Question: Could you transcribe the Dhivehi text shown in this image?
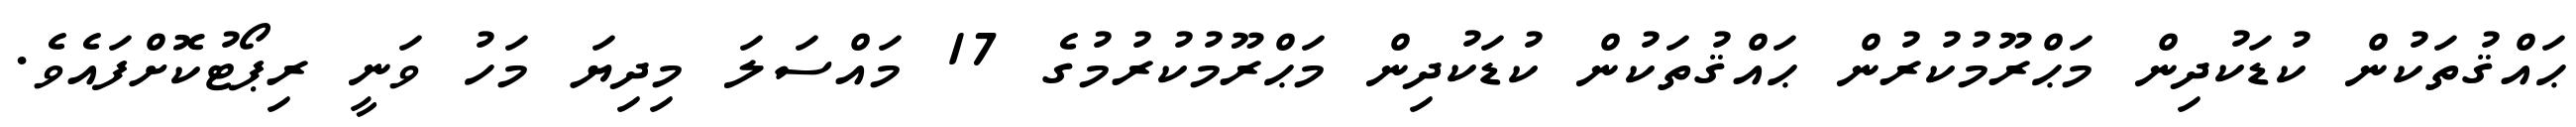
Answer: ޙައްޤުތަކުން ކުޑަކުދިން މަޙްރޫމުކުރުން ޙައްޤުތަކުން ކުޑަކުދިން މަޙްރޫމުކުރުމުގެ 17 މައްސަލަ މިދިޔަ މަހު ވަނީ ރިޕޯޓުކޮށްފައެވެ.